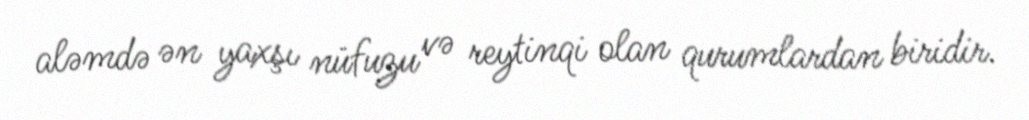
aləmdə ən yaxşı nüfuzu və reytinqi olan qurumlardan biridir.